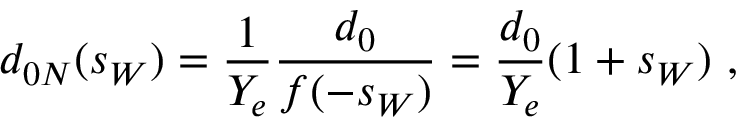
d _ { 0 N } ( s _ { W } ) = { \frac { 1 } { Y _ { e } } } { \frac { d _ { 0 } } { f ( - s _ { W } ) } } = { \frac { d _ { 0 } } { Y _ { e } } } ( 1 + s _ { W } ) ~ ,